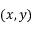
( x , y )